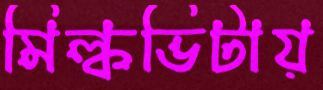
মিল্কভিটায়